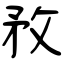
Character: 敄